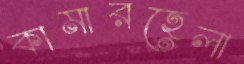
কামারহেলা